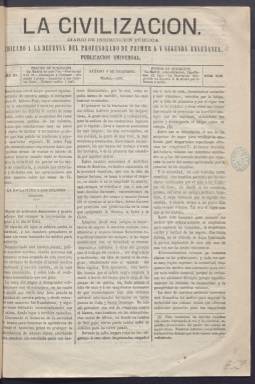
Título: La Civilización (Madrid)
Colección: Periódicos
Ámbito geográfico: Madrid
Lugar de publicación: Madrid
Fechas: 05/12/1863-05/04/1864